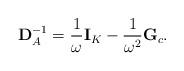
LaTeX: \begin{align*}{\bf D}_A^{-1}=\frac{1}{\omega}{\bf I}_K - \frac{1}{\omega^2}{\bf {G}}_c.\end{align*}